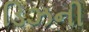
ડિઝની